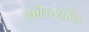
ઔપચરિક